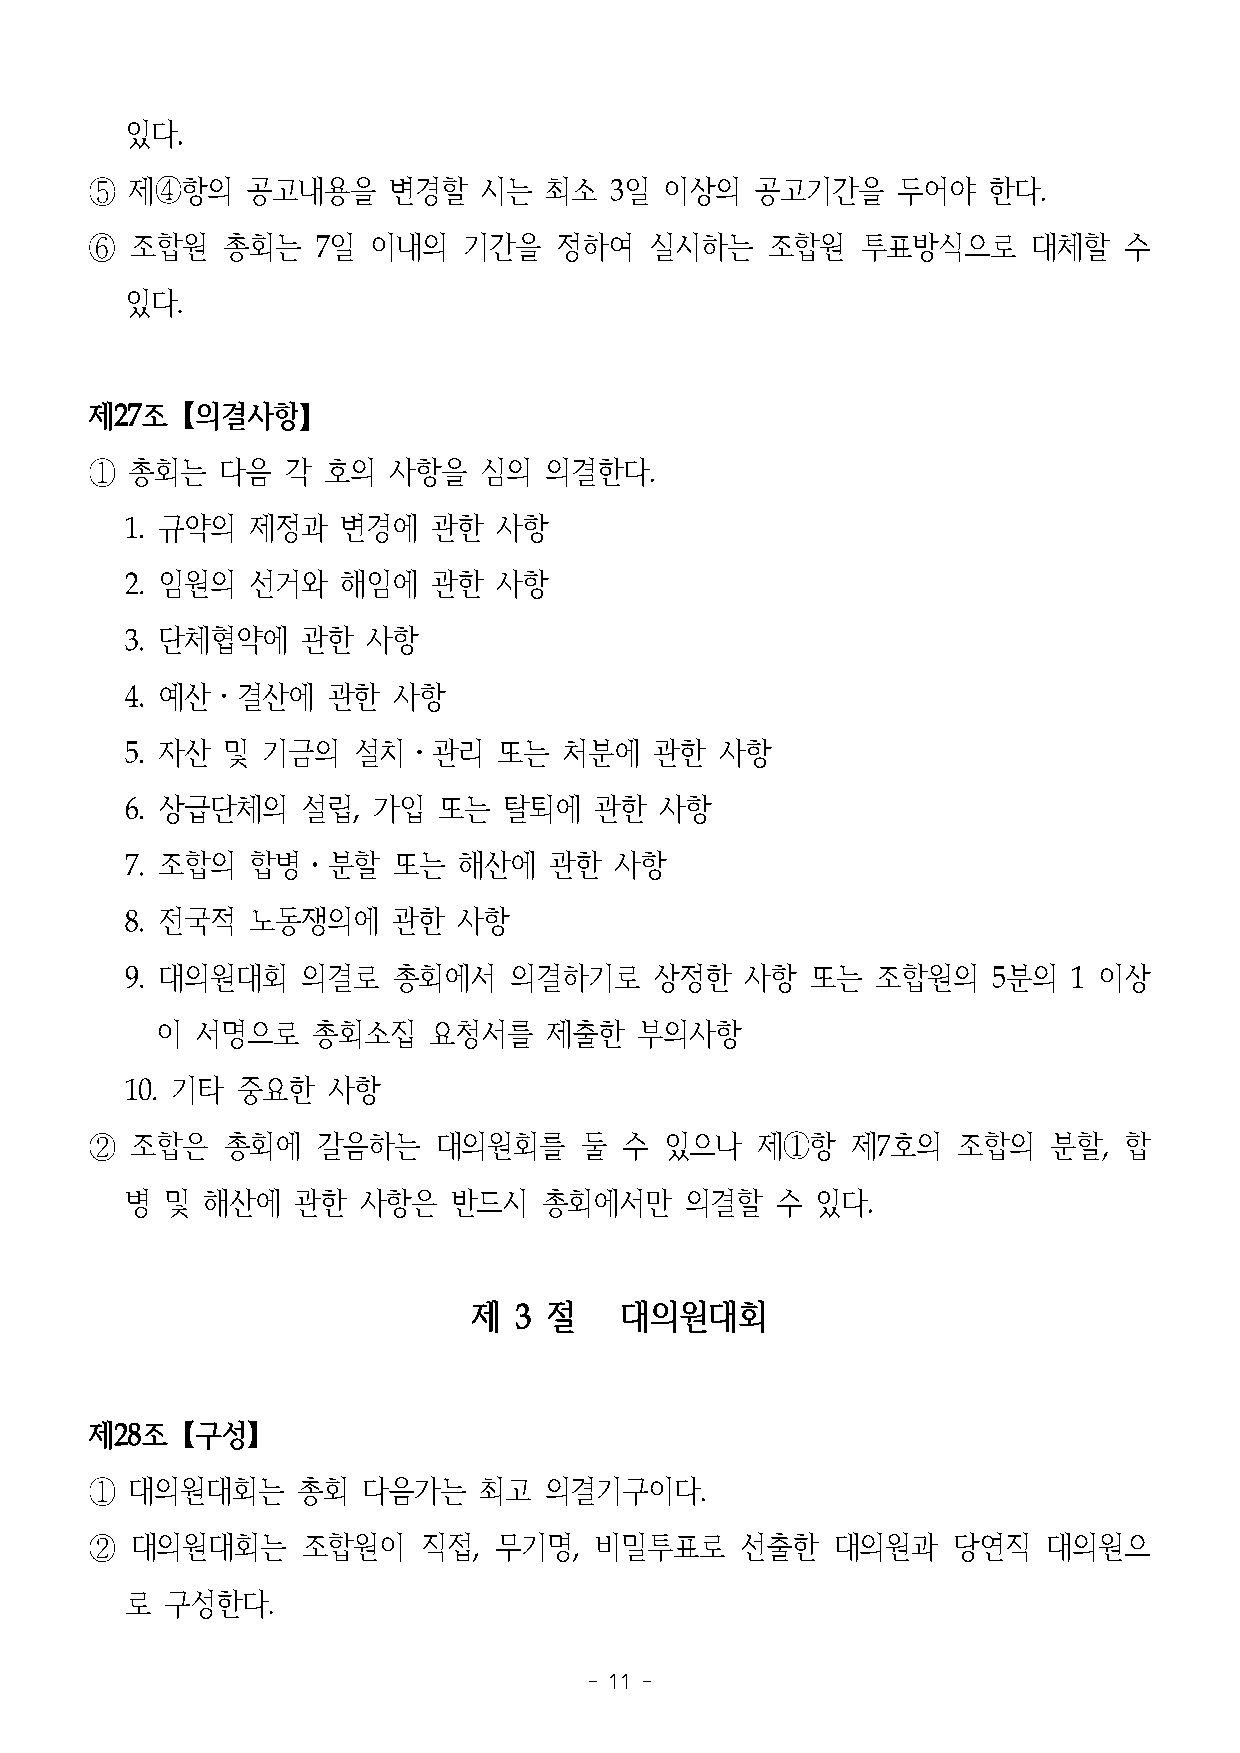
있다.
 ⑤  제④항의   공고내용을     변경할   시는  최소  3일  이상의   공고기간을    두어야   한다.
 ⑥  조합원   총회는   7일  이내의   기간을   정하여   실시하는    조합원   투표방식으로     대체할   수
 있다.
 제27조【의결사항】
 ①  총회는   다음  각 호의   사항을   심의  의결한다.
 1. 규약의  제정과    변경에   관한  사항
 2. 임원의  선거와    해임에   관한  사항
 3. 단체협약에    관한  사항
 4. 예산․결산에     관한  사항
 5. 자산  및 기금의   설치․관리     또는  처분에   관한   사항
 6. 상급단체의    설립,  가입  또는  탈퇴에   관한   사항
 7. 조합의  합병․분할     또는  해산에   관한   사항
 8. 전국적  노동쟁의에     관한  사항
 9. 대의원대회    의결로   총회에서    의결하기로    상정한   사항   또는  조합원의    5분의  1 이상
 이  서명으로    총회소집   요청서를    제출한   부의사항
 10. 기타  중요한   사항
 ②  조합은   총회에   갈음하는    대의원회를    둘  수  있으나   제①항   제7호의   조합의    분할, 합
 병  및 해산에   관한   사항은   반드시   총회에서만    의결할   수  있다.
 제  3 절    대의원대회
 제28조【구성】
 ①  대의원대회는     총회  다음가는    최고  의결기구이다.
 ②  대의원대회는     조합원이    직접,  무기명,  비밀투표로     선출한   대의원과    당연직   대의원으
 로  구성한다.
 - 11 -